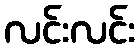
လင်းလင်း